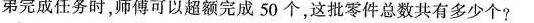
弟完成任务时，师傅可以超额完成50个，这批零件总数共有多少个?